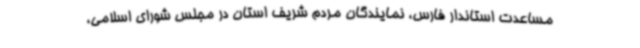
مساعدت استاندار فارس، نمایندگان مردم شریف استان در مجلس شورای اسلامی،